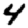
Digit: 4